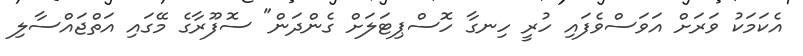
އެކަމަކު ވަރަށް އަވަސްވެފައި ހުރީ ހިނގާ ހޮސްޕިޓަލަށް ގެންދަން" ސޮފޫރާގެ މޭގައި އަތްޖައްސާލި